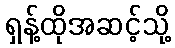
ရှန့်ထိုအဆင့်သို့